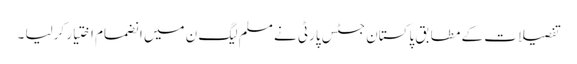
تفصیلات کے مطابق پاکستان جسٹس پارٹی نے مسلم لیگ ن میں انضمام اختیار کرلیا ۔